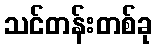
သင်တန်းတစ်ခု